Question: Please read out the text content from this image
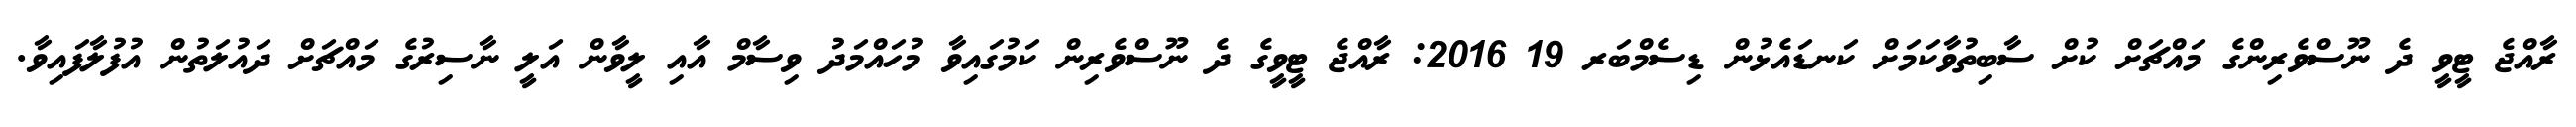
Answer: ރާއްޖެ ޓީވީ ދެ ނޫސްވެރިންގެ މައްޗަށް ކުށް ސާބިތުވާކަމަށް ކަނޑައެޅުން ޑިސެމްބަރ 19 2016: ރާއްޖެ ޓީވީގެ ދެ ނޫސްވެރިން ކަމުގައިވާ މުހައްމަދު ވިސާމް އާއި ލީވާން އަލީ ނާސިރުގެ މައްޗަށް ދައުލަތުން އުފުލާފައިވާ.